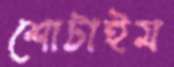
শোটাইম